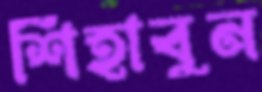
শিহাবুন